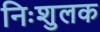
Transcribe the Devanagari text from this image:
निःशुलक